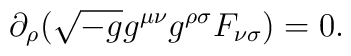
\partial_\rho(\sqrt{-g} g^{\mu \nu}g^{\rho\sigma}F_{\nu \sigma})=0.